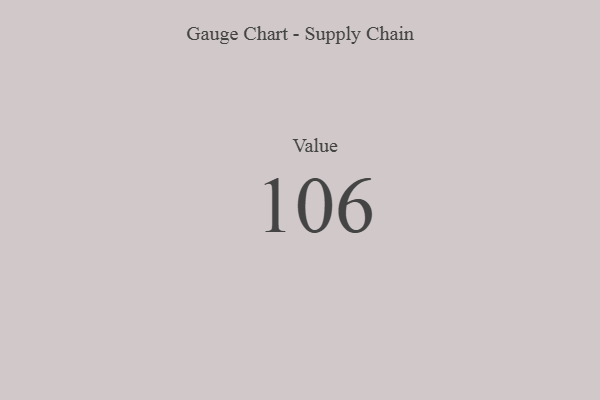
{"axis": {"x": "Metric", "y": "Value"}, "legend": [""], "data": [{"x": "Value", "y": 106, "type": ""}]}